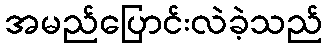
အမည်ပြောင်းလဲခဲ့သည်